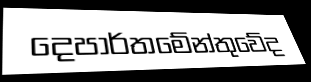
දෙපාර්තමේන්තුවේද